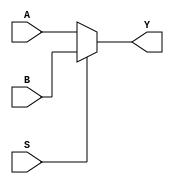
module MUX2_1B (A,B,S,Y);
    input  A,B;
    input S;
    output  Y;
    assign Y = (S)? B: A; 
endmodule